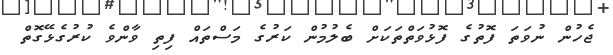
ޖެހުން ނުވަތަ ފޮތުގެ ފޮޅުވަތްތަކަށް ބެލުމުން ކަރުގެ މަސްތައް ފިތި ވާންވެ ކުރުގެޅޭގޮތް